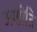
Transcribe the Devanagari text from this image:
अशीति